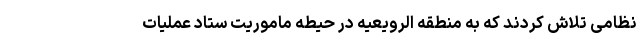
نظامی تلاش کردند که به منطقه الرویعیه در حیطه ماموریت ستاد عملیات